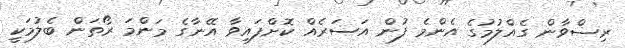
ރިޟްވާން ގެއްލުމުގެ އެންމެ ފުން އަސަރެއް ކޮށްފައިވާ އޭނާގެ މަންމަ ރޯތަން ބެލުމަކީ